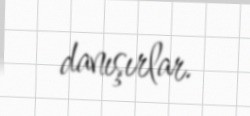
danışırlar.